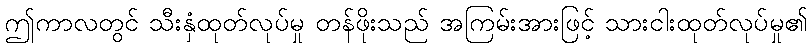
ဤကာလတွင် သီးနှံထုတ်လုပ်မှု တန်ဖိုးသည် အကြမ်းအားဖြင့် သားငါးထုတ်လုပ်မှု၏